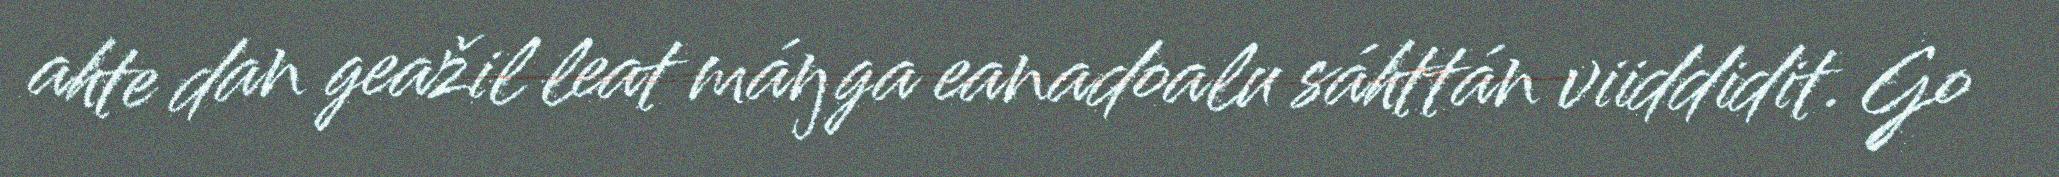
ahte dan geažil leat máŋga eanadoalu sáhttán viiddidit. Go